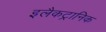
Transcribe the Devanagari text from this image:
इलैकट्रानिक